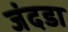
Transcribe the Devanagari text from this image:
जंदडा